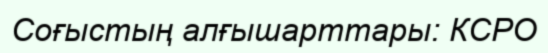
Соғыстың алғышарттары: КСРО